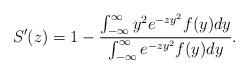
LaTeX: \begin{align*}S'(z)=1-\frac{\int_{-\infty}^{\infty}y^2 e^{-zy^2}f(y)dy}{\int_{-\infty}^{\infty}e^{-zy^2}f(y)dy}.\end{align*}